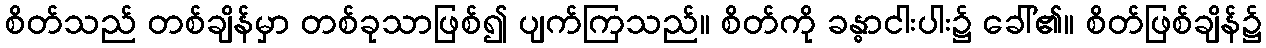
စိတ်သည် တစ်ချိန်မှာ တစ်ခုသာဖြစ်၍ ပျက်ကြသည်။ စိတ်ကို ခန္ဓာငါးပါး၌ ခေါ်၏။ စိတ်ဖြစ်ချိန်၌